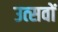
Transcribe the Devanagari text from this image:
उत्‍सवों